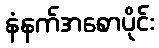
နံနက်အစောပိုင်း